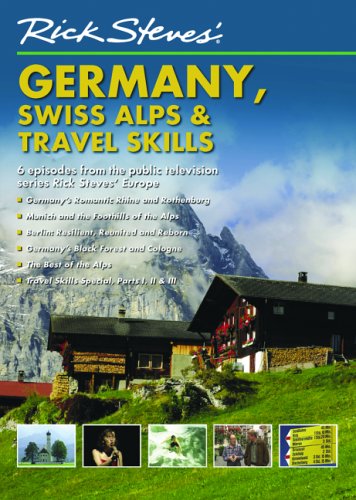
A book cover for Rick Steves' Europe DVD: Germany, the Swiss Alps, and Travel Skills (Rick Steves' Europe); Travel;